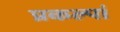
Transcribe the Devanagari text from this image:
प्रकल्पां